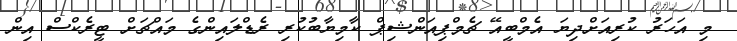
މި އަހަރު ކުރިއަށްދިޔަ އެމްބީއޭ ޗެމްޕިއަންޝިޕް ކާމިޔާބުކުރި ރެޑްލައިންގެ މައްޗަށް ޓީރެކްސް އިން